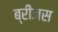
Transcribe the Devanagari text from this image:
ब्रीजस